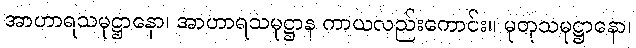
အာဟာရသမုဋ္ဌာနော၊ အာဟာရသမုဋ္ဌာန ကာယလည်းကောင်း။ မုတုသမုဋ္ဌာနော၊